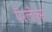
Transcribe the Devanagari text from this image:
पैरलैक्स